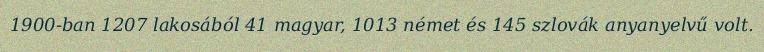
1900-ban 1207 lakosából 41 magyar, 1013 német és 145 szlovák anyanyelvű volt.